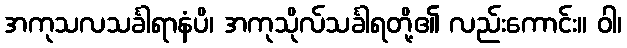
အကုသလသင်္ခါရာနံပိ၊ အကုသိုလ်သင်္ခါရတို့၏ လည်းကောင်း။ ဝါ၊